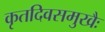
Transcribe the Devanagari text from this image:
कृतदिवसमुखैः